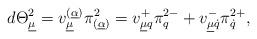
LaTeX: \begin{align*}d\Theta^2_{\underline\mu}=v_{\underline\mu}^{(\underline\alpha)}\pi^2_{(\underline\alpha)}=v^{+}_{\underline\mu q}\pi^{2-}_q+v^{-}_{\underline\mu\dot q}\pi^{2+}_{\dot q},\end{align*}